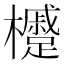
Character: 㰗